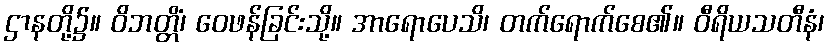
ဌာနတို့၌။ ဝိဘတ္တိံ၊ ဝေဖန်ခြင်းသို့။ အာရောပေသိ၊ တက်ရောက်စေ၏။ ဝီရိယသတီနံ၊